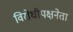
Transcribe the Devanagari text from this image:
विरोधीपक्षनेता